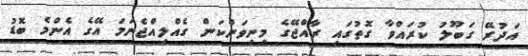
އަދުރޭ ގަބޫލު ކުރައްވާ ގޮތުގައި ރާއްޖޭގެ މިނިވަންކަން ގެއްލިއްޖެނަމަ އޭގެ އެންމެ ބޮޑު